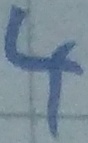
Text: 4